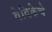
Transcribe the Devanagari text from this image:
वेदिकेचे